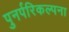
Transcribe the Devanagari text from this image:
पुनर्परिकल्पना